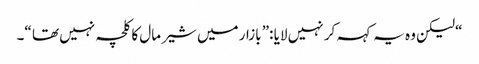
“ لیکن وہ یہ کہہ کر نہیں لایا :” بازار میں شیر مال کا کلچہ نہیں تھا “۔